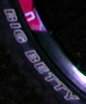
BIG BETTY